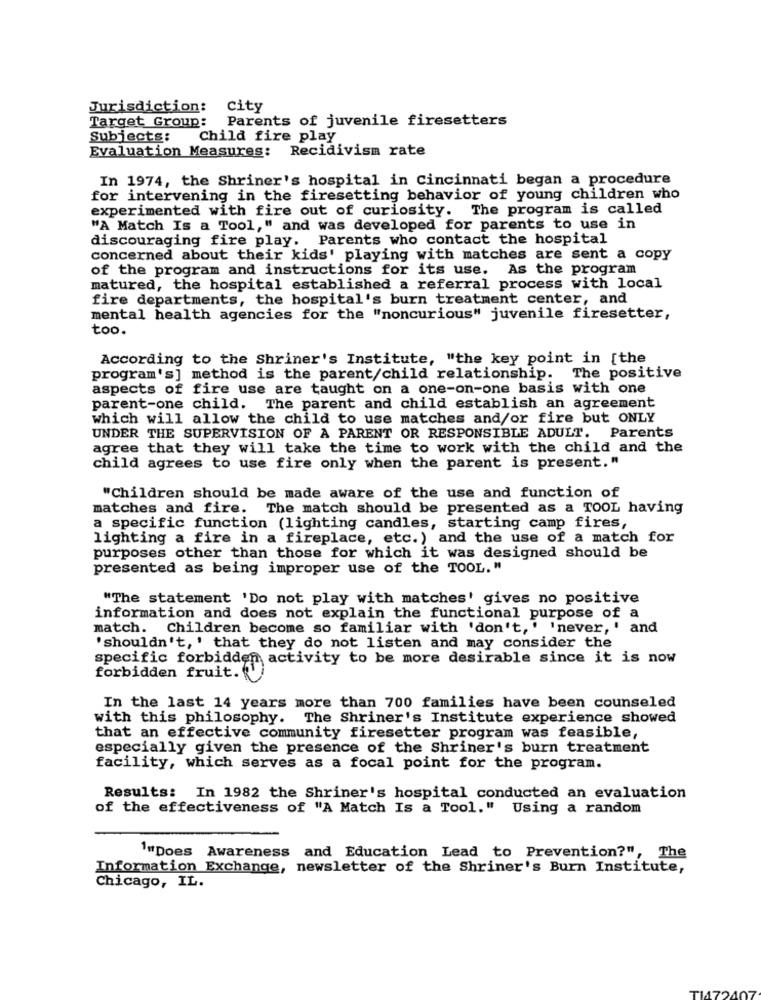
Jurisdiction: city
Parents of juvenile firesetters
Target Group:
Subjects:
Child fire play
Evaluation Measures: Recidivism rate
In 1974, the Shriner's hospital in Cincinnati began a procedure
for intervening in the firesetting behavior of young children who
experimented with fire out of curiosity. The program is called
"A Match Is a Tool," and was developed for parents to use in
discouraging fire play. Parents who contact the hospital
concerned about their kids' playing with matches are sent a copy
of the program and instructions for its use. As the program
matured, the hospital established a referral process with local
fire departments, the hospital's burn treatment center, and
mental health agencies for the "noncurious" juvenile firesetter,
too.
According to the Shriner's Institute, "the key point in [the
program's] method is the parent/child relationship. The positive
aspects of fire use are taught on a one-on-one basis with one
parent-one child. The parent and child establish an agreement
which will allow the child to use matches and/or fire but ONLY
UNDER THE SUPERVISION OF A PARENT OR RESPONSIBLE ADULT. Parents
agree that they will take the time to work with the child and the
child agrees to use fire only when the parent is present. "
"Children should be made aware of the use and function of
matches and fire. The match should be presented as a TOOL having
a specific function (lighting candles, starting camp fires,
lighting a fire in a fireplace, etc.) and the use of a match for
purposes other than those for which it was designed should be
presented as being improper use of the TOOL. "
"The statement 'Do not play with matches' gives no positive
information and does not explain the functional purpose of a
match. Children become so familiar with 'don't,' 'never, ' and
'shouldn't, ' that they do not listen and may consider the
specific forbidden activity to be more desirable since it is now
forbidden fruit.
In the last 14 years more than 700 families have been counseled
with this philosophy. The Shriner's Institute experience showed
that an effective community firesetter program was feasible,
especially given the presence of the Shriner's burn treatment
facility, which serves as a focal point for the program.
Results: In 1982 the Shriner's hospital conducted an evaluation
of the effectiveness of "A Match Is a Tool." Using a random
1"Does Awareness and Education Lead to Prevention?", The
Information Exchange, newsletter of the Shriner's Burn Institute,
Chicago, IL.